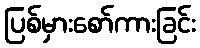
ပြစ်မှားစော်ကားခြင်း